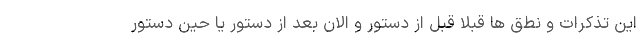
این تذکرات و نطق ها قبلا قبل از دستور و الان بعد از دستور یا حین دستور